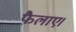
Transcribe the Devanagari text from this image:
फैलाए।